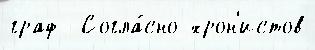
граф  Согла́сно хрон'истов